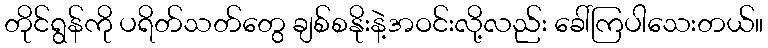
တိုင်ရွန်ကို ပရိတ်သတ်တွေ ချစ်စနိုးနဲ့အဝင်းလို့လည်း ခေါ်ကြပါသေးတယ်။